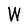
Character: W